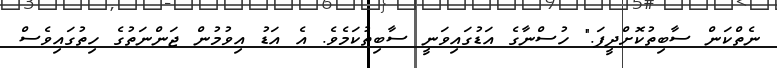
ނެތްކަން ސާބިތުކޮށްދީފަ." ހުސްނާގެ އަޑުގައިވަނީ ސާބިތުކަމެވެ. އެ އަޑު އިވުމުން ޖަންނަތުގެ ހިތުގައިވެސް